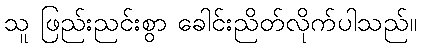
သူ ဖြည်းညင်းစွာ ခေါင်းညိတ်လိုက်ပါသည်။